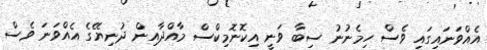
އެއްވަނަައިގައި ވެސް ހިމެނުނު ސިބާ ވަނީ އިކޮނޮމިކްސް މާއްދާއިން ދުނިޔޭގެ އެއްވަނަ ވެސް